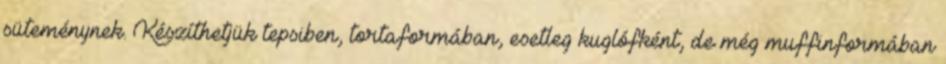
süteménynek. Készíthetjük tepsiben, tortaformában, esetleg kuglófként, de még muffinformában